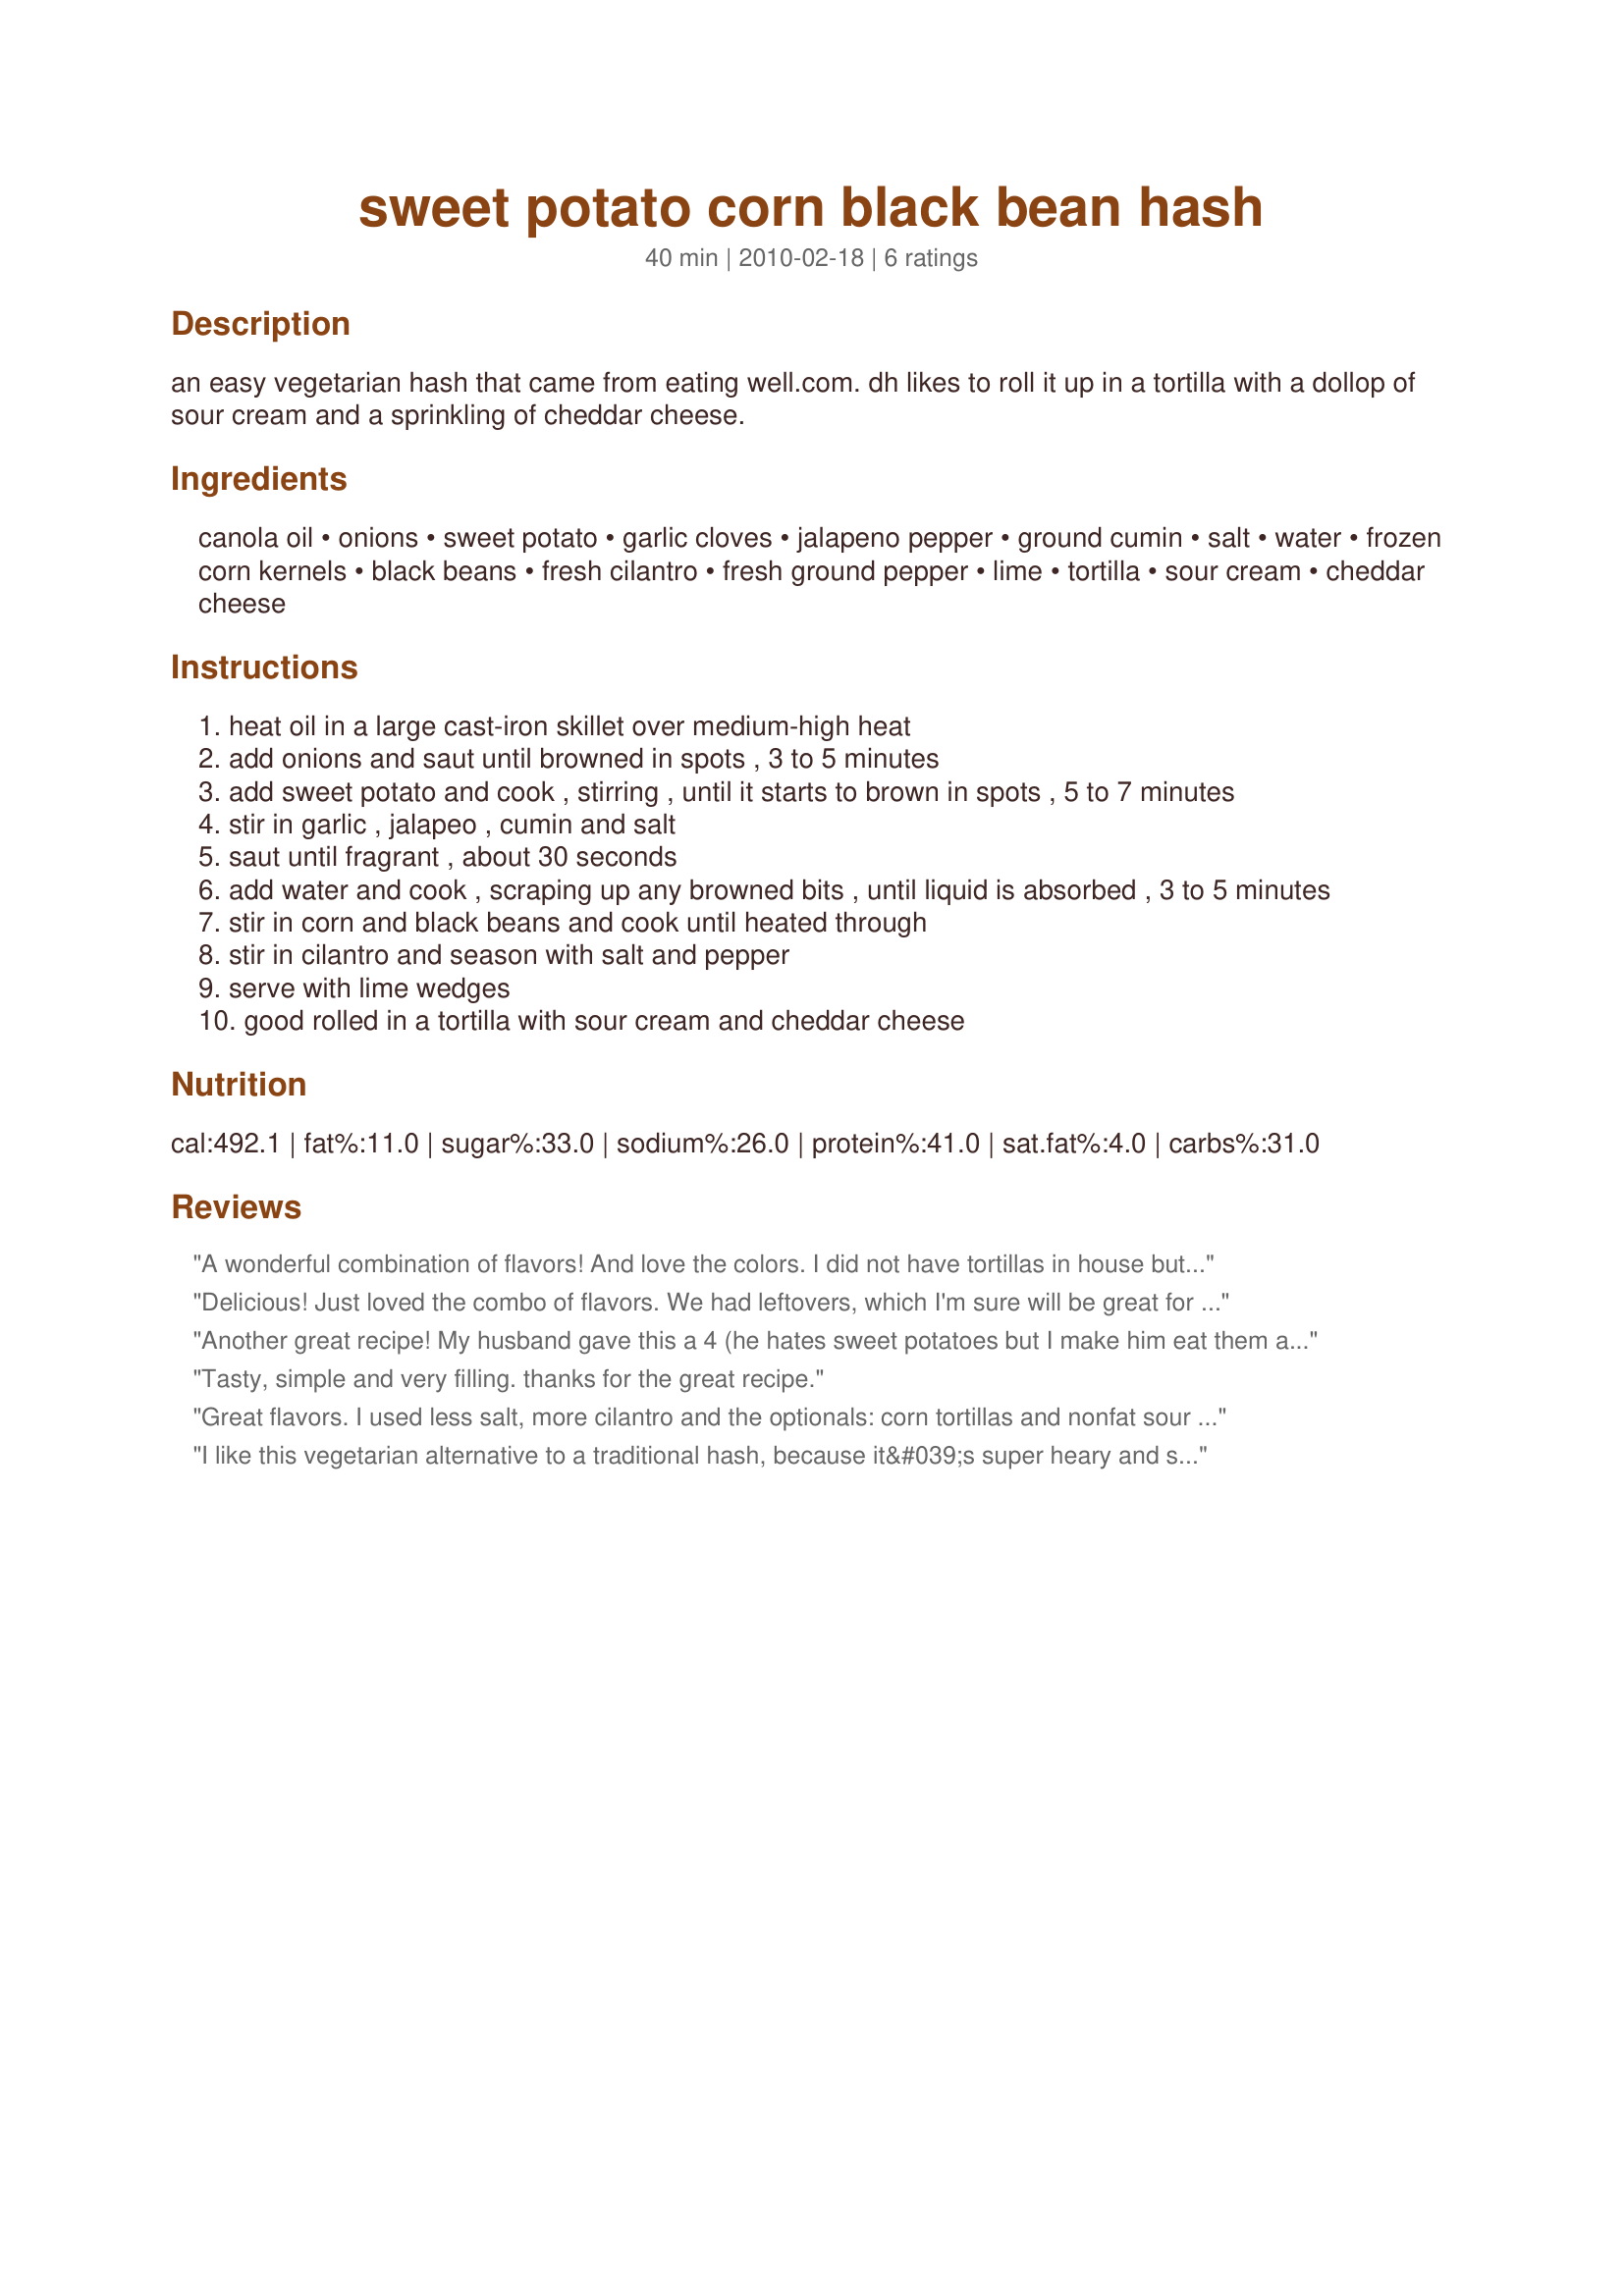
sweet potato corn black bean hash
Preparation time: 40 minutes

an easy vegetarian hash that came from eating well.com. dh likes to roll it up in a tortilla with a dollop of sour cream and a sprinkling of cheddar cheese.

Ingredients:
canola oil, onions, sweet potato, garlic cloves, jalapeno pepper, ground cumin, salt, water, frozen corn kernels, black beans, fresh cilantro, fresh ground pepper, lime, tortilla, sour cream, cheddar cheese

Steps:
heat oil in a large cast-iron skillet over medium-high heat
add onions and saut until browned in spots , 3 to 5 minutes
add sweet potato and cook , stirring , until it starts to brown in spots , 5 to 7 minutes
stir in garlic , jalapeo , cumin and salt
saut until fragrant , about 30 seconds
add water and cook , scraping up any browned bits , until liquid is absorbed , 3 to 5 minutes
stir in corn and black beans and cook until heated through
stir in cilantro and season with salt and pepper
serve with lime wedges
good rolled in a tortilla with sour cream and cheddar cheese

Reviews:
A wonderful combination of flavors! And love the colors. I did not have tortillas in house but definitely can see why you recommended that idea. This is a big recipe for two- I think it would feed 3. I had black beans but opened up my can ( of kidney beans) before realizing what I had done-next time will use black beans but it was good with kidney beans too--LOL! Thanks Deb for sharing.
Delicious! Just loved the combo of flavors. We had leftovers, which I'm sure will be great for lunch. It was great both as-is and in a tortilla, as recommended. Thanks for sharing!
Another great recipe! My husband gave this a 4 (he hates sweet potatoes but I make him eat them anyway :) ) however, a dinner guest gave this a 5 and I thought it was easy to prepare and hard to mess up. I only used about 2 1/2 teaspoons cumin as I ran out so I threw in 2 teaspoon of chili powder - DH likes spicy so this worked out well. I served this with a dollop of Recipe #326682, wrapped up in a tortilla and with a side of yellow rice - the ultimate vegan fiesta! Thanks Deb!! Made for Veg*n Swap 23!
Tasty, simple and very filling. thanks for the great recipe.
Great flavors. I used less salt, more cilantro and the optionals: corn tortillas and nonfat sour cream. Loved it as a taco! I did have to cook it an extra 4 minutes past the cooking time (covered) so that the sweet potatoes were all the way cooked through (which were cut into french fry shape).
I like this vegetarian alternative to a traditional hash, because it&#039;s super heary and satisfying. I think it would be perfect to take to work for a quick lunch-- particulary when you need an energy boost!
